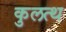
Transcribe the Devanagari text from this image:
कुलत्थ